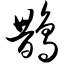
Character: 鹊